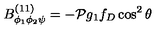
B _ { \phi _ { 1 } \phi _ { 2 } \psi } ^ { ( 1 1 ) } = - { \cal P } g _ { 1 } f _ { D } \cos ^ { 2 } \theta